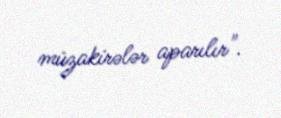
müzakirələr aparılır".